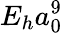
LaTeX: E_{h}a_{0}^{9}